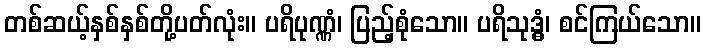
တစ်ဆယ့်နှစ်နှစ်တို့ပတ်လုံး။ ပရိပုဏ္ဏံ၊ ပြည့်စုံသော။ ပရိသုဒ္ဓံ၊ စင်ကြယ်သော။